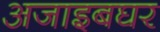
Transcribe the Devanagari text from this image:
अजाइबघर